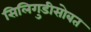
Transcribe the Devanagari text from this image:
सिलिगुडीसोबत